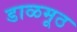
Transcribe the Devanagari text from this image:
डाळमूठ